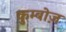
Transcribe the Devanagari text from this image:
कुम्बोज़